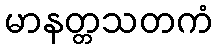
မာနတ္တသတကံ